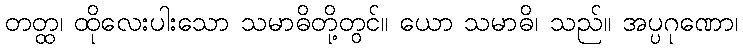
တတ္ထ၊ ထိုလေးပါးသော သမာဓိတို့တွင်။ ယော သမာဓိ၊ သည်။ အပ္ပဂုဏော၊